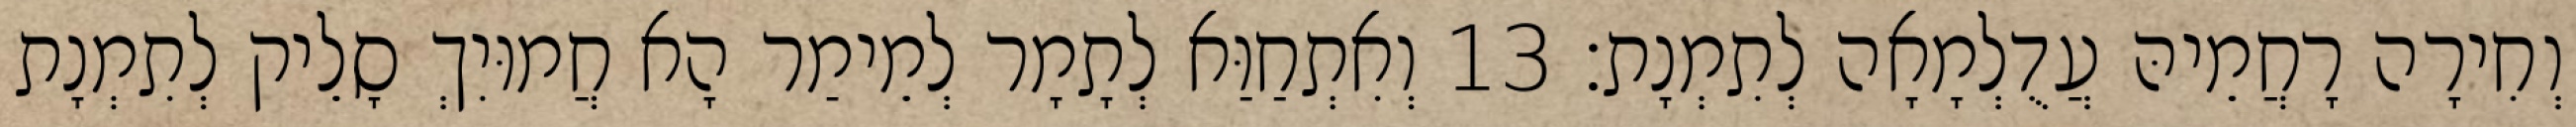
וְחִירָה רָחֲמֵיהּ עֲדֻלְמָאָה לְתִמְנָת׃ 13 וְאִתְחַוַּא לְתָמָר לְמֵימַר הָא חֲמוּיִךְ סָלֵיק לְתִמְנָת